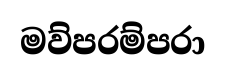
මව්පරම්පරා